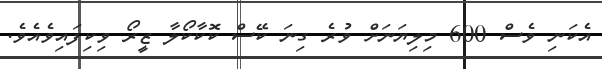
އެކަނި ވެސް 600 މިލިޔަނަށް ވުރެ ގިނަ ކޭސް ކޮކާކޯލާ ޒީރޯ ވިކިފައިވެއެވެ.